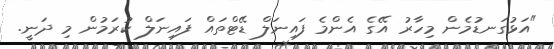
"އަޅުގަނޑުމެން މިހާރު އޭގެ އެންމެ ފައިނަލް ޑޭޓްތައް ފައިނަލް ކުރަމުން މި ދަނީ.